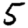
Digit: 5